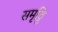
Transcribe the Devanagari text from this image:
समृठ्ठि